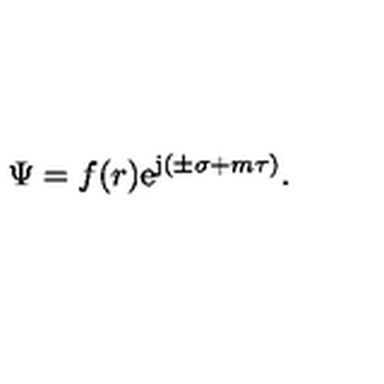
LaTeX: \Psi = f ( r ) \mathrm { e } ^ { \mathrm { j } ( \pm \sigma + m \tau ) } .